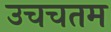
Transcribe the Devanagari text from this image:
उचचतम